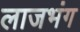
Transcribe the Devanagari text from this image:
लाजभंग